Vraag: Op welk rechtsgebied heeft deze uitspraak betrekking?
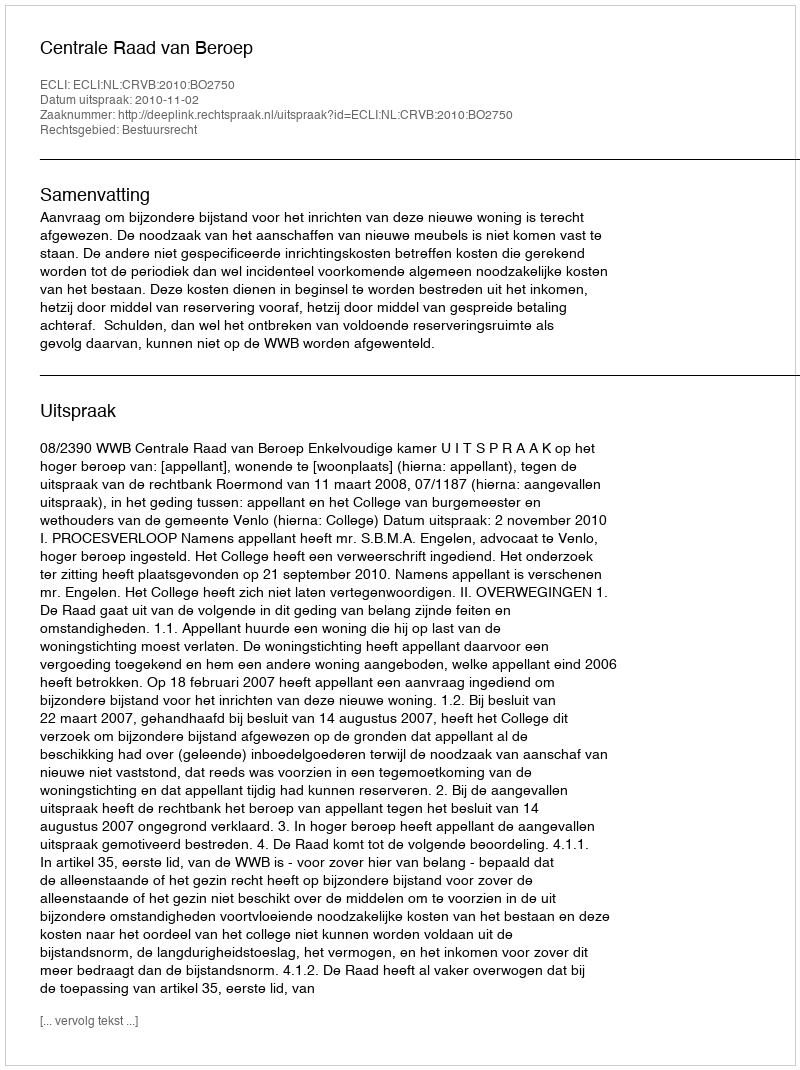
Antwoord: Bestuursrecht